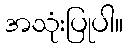
အသုံးပြုပါ။